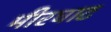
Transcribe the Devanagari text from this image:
मीरघाट